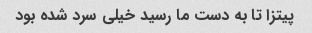
پیتزا تا به دست ما رسید خیلی سرد شده بود